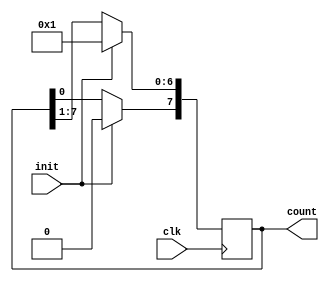
module rc (clk, init, count);

	input clk, init;
	output [7:0] count;
	
	reg [7:0] count;

	always @(posedge clk)
		if (init)
			count = 8'b00000001;
		else 
		begin
			count <= count >> 1; 
			count[7] <= count[0];
		end
		
endmodule